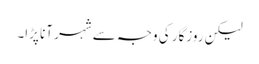
لیکن روزگار کی وجہ سے شہر آنا پڑا۔